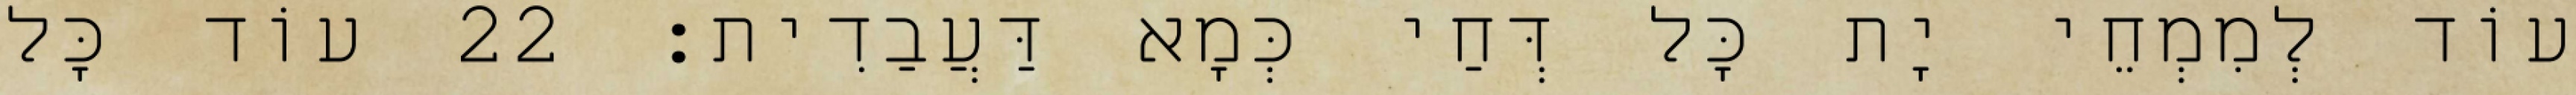
עוֹד לְמִמְחֵי יָת כָּל דְּחַי כְּמָא דַּעֲבַדִית׃ 22 עוֹד כָּל